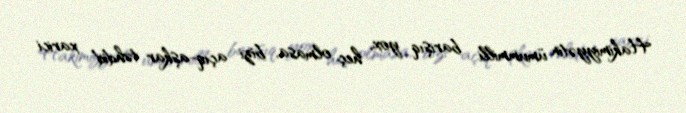
Hakimiyyətin ümummilli barışıq yox, heç olmasa, bizi açıq-aşkar təhdid xarici